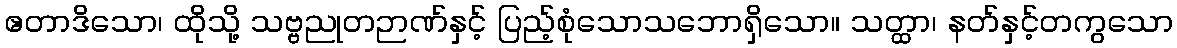
ဧတာဒိသော၊ ထိုသို့ သဗ္ဗညုတဉာဏ်နှင့် ပြည့်စုံသောသဘောရှိသော။ သတ္ထာ၊ နတ်နှင့်တကွသော